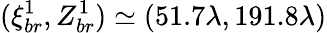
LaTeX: (\xi_{br}^{1},Z_{br}^{1})\simeq(51.7\lambda,191.8\lambda)